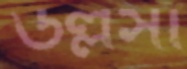
উল্লসা